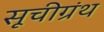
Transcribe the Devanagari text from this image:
सूचीग्रंथ